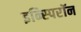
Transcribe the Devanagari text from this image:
इन्स्पिरॉन